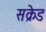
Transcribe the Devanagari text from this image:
सक्रेड